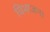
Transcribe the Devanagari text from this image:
विभाजना